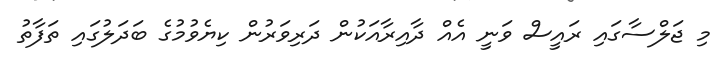
މި ޖަލްސާގައި ރައީސް ވަނީ އެއް ދާއިރާއަކުން ދަރިވަރުން ކިޔެވުމުގެ ބަދަލުގައި ތަފާތު